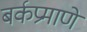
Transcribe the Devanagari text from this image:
बर्कप्रमाणे